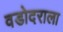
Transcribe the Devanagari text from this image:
वडोदराला